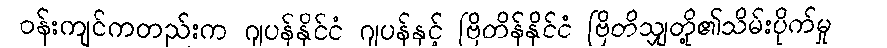
ဝန်းကျင်ကတည်းက ဂျပန်နိုင်ငံ ဂျပန်နှင့် ဗြိတိန်နိုင်ငံ ဗြိတိသျှတို့၏သိမ်းပိုက်မှု